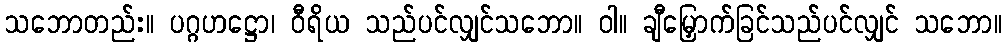
သဘောတည်း။ ပဂ္ဂဟဋ္ဌော၊ ဝီရိယ သည်ပင်လျှင်သဘော။ ဝါ။ ချီမြှောက်ခြင်သည်ပင်လျှင် သဘော။